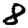
Digit: 8